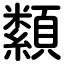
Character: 纇